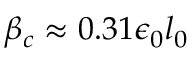
\beta _ { c } \approx 0 . 3 1 \epsilon _ { 0 } l _ { 0 }